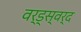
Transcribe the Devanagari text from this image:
वर्ड्स्वर्द